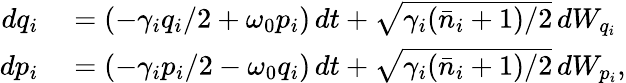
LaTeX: \begin{array}{rl}{dq_{i}}&{{}=(-\gamma_{i}q_{i}/2+\omega_{0}p_{i})\, dt+\sqrt{\gamma_{i}(\bar{n}_{i}+1)/2}\, dW_{q_{i}}}\\ {dp_{i}}&{{}=(-\gamma_{i}p_{i}/2-\omega_{0}q_{i})\, dt+\sqrt{\gamma_{i}(\bar{n}_{i}+1)/2}\, dW_{p_{i}},}\end{array}